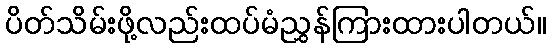
ပိတ်သိမ်းဖို့လည်းထပ်မံညွှန်ကြားထားပါတယ်။